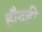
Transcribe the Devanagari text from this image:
हौदही